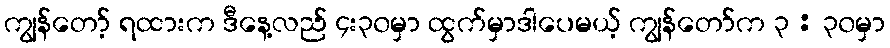
ကျွန်တော့် ရထားက ဒီနေ့လည် ၄း၃၀မှာ ထွက်မှာဒါပေမယ့် ကျွန်တော်က ၃ : ၃၀မှာ